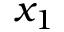
x _ { 1 }